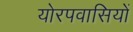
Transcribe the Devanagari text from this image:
योरपवासियों